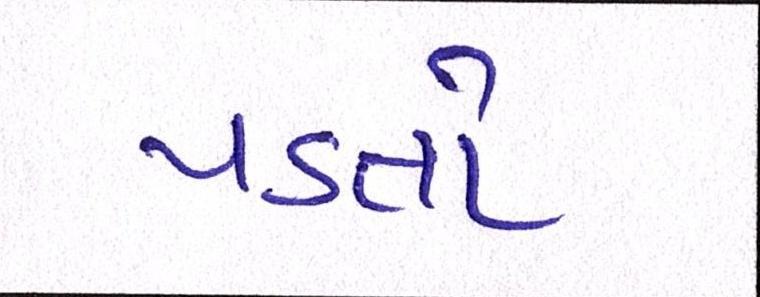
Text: પડતો